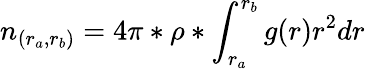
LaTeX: n_{(r_{a},r_{b})}=4\pi*\rho*\int_{r_{a}}^{r_{b}}g(r)r^{2}dr